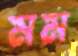
মম